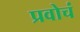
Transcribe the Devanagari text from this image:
प्रवोचं